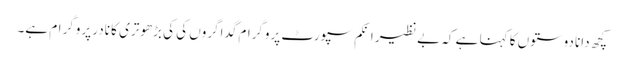
کچھ دانا دوستوں کا کہنا ہے کہ بے نظیر انکم سپورٹ پروگرام گداگروں کی کی بڑھوتری کا نادر پروگرام ہے۔